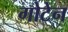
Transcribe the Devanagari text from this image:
गोटेन